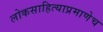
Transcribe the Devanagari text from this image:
लोकसाहित्याप्रमाणेच